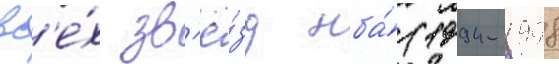
вс'е́х зв'ё́зд нба́ (1994-1998